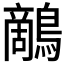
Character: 𪄱